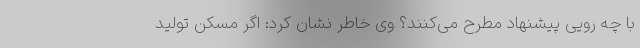
با چه رویی پیشنهاد مطرح می‌کنند؟ وی خاطر نشان کرد: اگر مسکن تولید